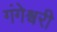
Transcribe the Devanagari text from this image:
गंगेश्वरी